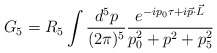
\begin{align*}G_5=R_5 \int \frac{d^5p}{(2\pi)^5}\frac{e^{-ip_0\tau +i\vec p \cdot \vec L}}{p_0^2+p^2+p_5^2}\end{align*}